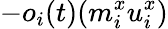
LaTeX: -o_{i}(t)(m_{i}^{x}u_{i}^{x})